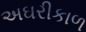
અઘરીકાળ